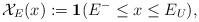
LaTeX: \begin{align*} \mathcal{X}_{E}(x):=\mathbf{1}(E^{-} \leq x \leq E_U),\end{align*}